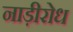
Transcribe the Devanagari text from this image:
नाड़ीरोध